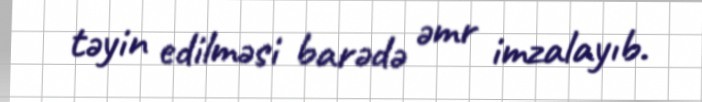
təyin edilməsi barədə əmr imzalayıb.